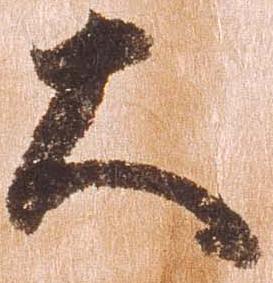
大